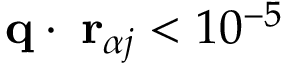
{ \bf q } \cdot { \bf \delta r } _ { \alpha j } < 1 0 ^ { - 5 }